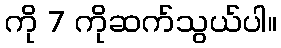
ကို 7 ကိုဆက်သွယ်ပါ။